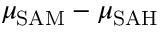
\mu _ { \mathrm { S A M } } - \mu _ { \mathrm { S A H } }